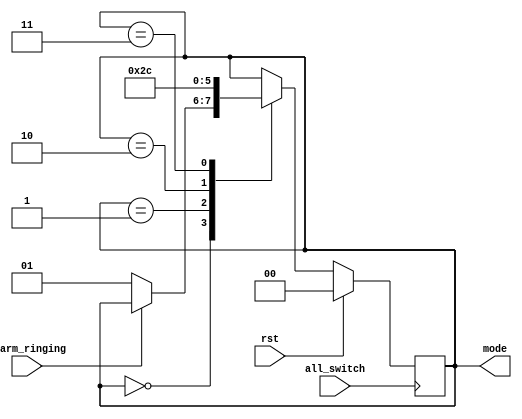
module mode_ctl (
    input all_switch,
    input rst,
    input alarm_ringing,
    output reg [1:0] mode
);

    parameter M_DISPLAY   = 2'b00;
    parameter M_SET       = 2'b01;
    parameter M_TIMER     = 2'b10;
    parameter M_ALARM_SET = 2'b11;

    initial begin
        mode <= M_DISPLAY;
    end

    always @(posedge all_switch) begin
        if (rst) begin
            mode <= M_DISPLAY;
        end else begin
            case (mode)
                M_DISPLAY: begin
                    if (!alarm_ringing) begin
                        mode <= M_SET;
                    end
                end
                M_SET: begin
                    mode <= M_TIMER;
                end
                M_TIMER: begin
                    mode <= M_ALARM_SET;
                end
                M_ALARM_SET: begin
                    mode <= M_DISPLAY;
                end
            endcase
        end
    end
endmodule